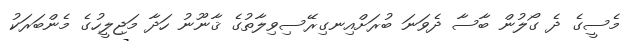
މެސީގެ ދެ ގޯލުން ބާސާ ދެވަނަ ބުރަށްއިނގިރޭސިވިލާތުގެ ޤާނޫނު ހަދާ މަޖިލީހުގެ މެންބަރަކު